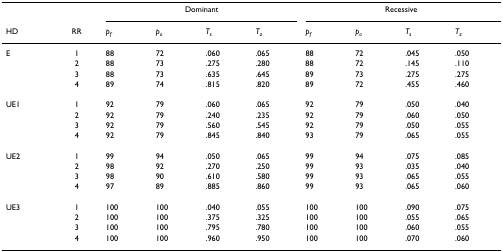
|  |  | <COLSPAN=4> Dominant | <COLSPAN=4> Recessive |
 | HD | RR | pf | po | Ts | Tz | pf | po | Ts | Tz |
 | --- | --- | --- | --- | --- | --- | --- | --- | --- | --- |
 | E | 1 | 88 | 72 | .060 | .065 | 88 | 72 | .045 | .050 |
 |  | 2 | 88 | 73 | .275 | .280 | 88 | 72 | .145 | .110 |
 |  | 3 | 88 | 73 | .635 | .645 | 89 | 73 | .275 | .275 |
 |  | 4 | 89 | 74 | .815 | .820 | 89 | 72 | .455 | .460 |
 | UE1 | 1 | 92 | 79 | .060 | .065 | 92 | 79 | .050 | .040 |
 |  | 2 | 92 | 79 | .240 | .235 | 92 | 79 | .060 | .050 |
 |  | 3 | 92 | 79 | .560 | .545 | 92 | 79 | .050 | .055 |
 |  | 4 | 92 | 79 | .845 | .840 | 93 | 79 | .065 | .055 |
 | UE2 | 1 | 99 | 94 | .050 | .065 | 99 | 94 | .075 | .085 |
 |  | 2 | 98 | 92 | .270 | .250 | 99 | 93 | .035 | .040 |
 |  | 3 | 98 | 90 | .610 | .580 | 99 | 93 | .065 | .055 |
 |  | 4 | 97 | 89 | .885 | .860 | 99 | 93 | .065 | .060 |
 | UE3 | 1 | 100 | 100 | .040 | .055 | 100 | 100 | .090 | .075 |
 |  | 2 | 100 | 100 | .375 | .325 | 100 | 100 | .055 | .065 |
 |  | 3 | 100 | 100 | .795 | .780 | 100 | 100 | .060 | .055 |
 |  | 4 | 100 | 100 | .960 | .950 | 100 | 100 | .070 | .060 |